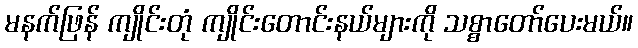
မနက်ဖြန် ကျိုင်းတုံ ကျိုင်းတောင်းနယ်များကို သစ္စာတော်ပေးမယ်။